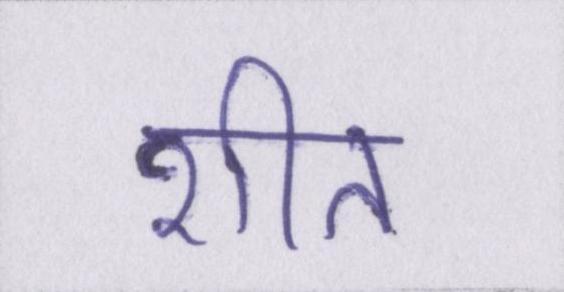
शीत